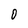
Character: 0